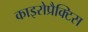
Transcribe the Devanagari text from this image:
काइरोप्रैक्टिस